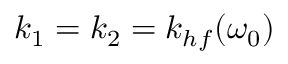
k _ { 1 } = k _ { 2 } = k _ { h f } ( \omega _ { 0 } )